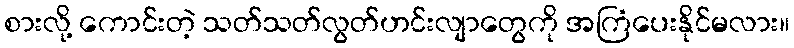
စားလို့ ကောင်းတဲ့ သတ်သတ်လွတ်ဟင်းလျာတွေကို အကြံပေးနိုင်မလား။